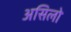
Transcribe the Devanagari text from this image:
असिलो